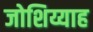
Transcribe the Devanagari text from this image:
जोशिय्याह